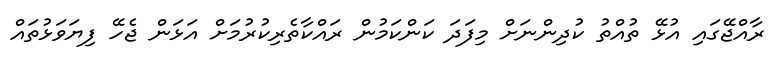
ރާއްޖޭގައި އުޅޭ ތުއްތު ކުދިންނަށް މިފަދަ ކަންކަމުން ރައްކާތެރިކުރުމަށް އަޅަން ޖެހޭ ފިޔަވަޅުތައް